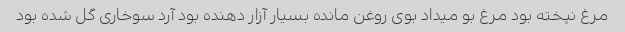
مرغ نپخته بود مرغ بو میداد بوی روغن مانده بسیار آزار دهنده بود آرد سوخاری گل شده بود